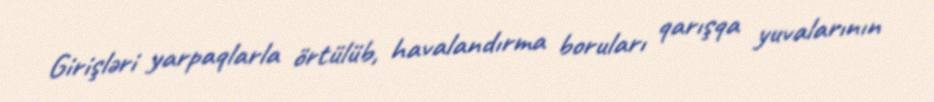
Girişləri yarpaqlarla örtülüb, havalandırma boruları qarışqa yuvalarının